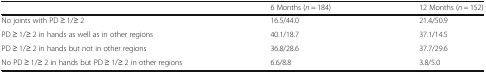
<table><thead><tr><td></td><td><b>6 Months (<i>n</i> = 184)</b></td><td><b>12 Months (<i>n</i> = 152)</b></td></tr></thead><tbody><tr><td>No joints with PD ≥ 1/≥ 2</td><td>16.5/44.0</td><td>21.4/50.9</td></tr><tr><td>PD ≥ 1/≥ 2 in hands as well as in other regions</td><td>40.1/18.7</td><td>37.1/14.5</td></tr><tr><td>PD ≥ 1/≥ 2 in hands but not in other regions</td><td>36.8/28.6</td><td>37.7/29.6</td></tr><tr><td>No PD ≥ 1/≥ 2 in hands but PD ≥ 1/≥ 2 in other regions</td><td>6.6/8.8</td><td>3.8/5.0</td></tr></tbody></table>